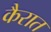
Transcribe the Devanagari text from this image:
कैरात